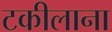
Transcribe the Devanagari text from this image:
टकीलाना